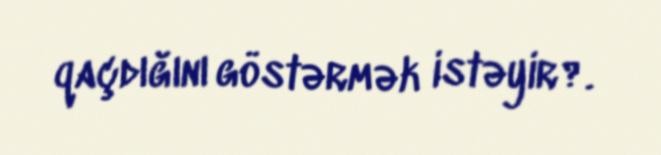
qaçdığını göstərmək istəyir?.